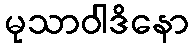
မုသာဝါဒိနော